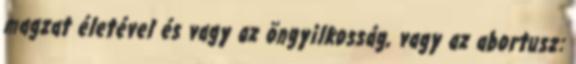
magzat életével és vagy az öngyilkosság, vagy az abortusz: